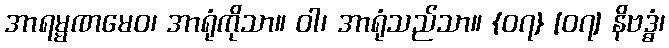
အာရမ္မဏမေဝ၊ အာရုံကိုသာ။ ဝါ၊ အာရုံသည်သာ။ {၀၇} [၀၇] နိဗဒ္ဓံ၊